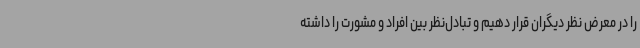
را در معرض نظر دیگران قرار دهیم و تبادل‌نظر بین افراد و مشورت را داشته